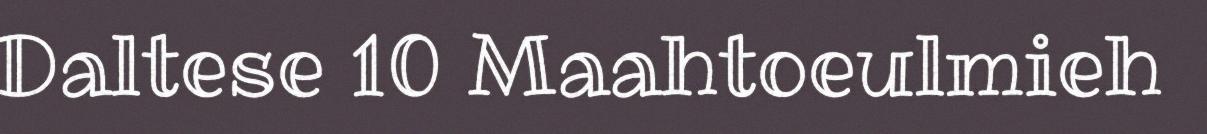
Daltese 10 Maahtoeulmieh